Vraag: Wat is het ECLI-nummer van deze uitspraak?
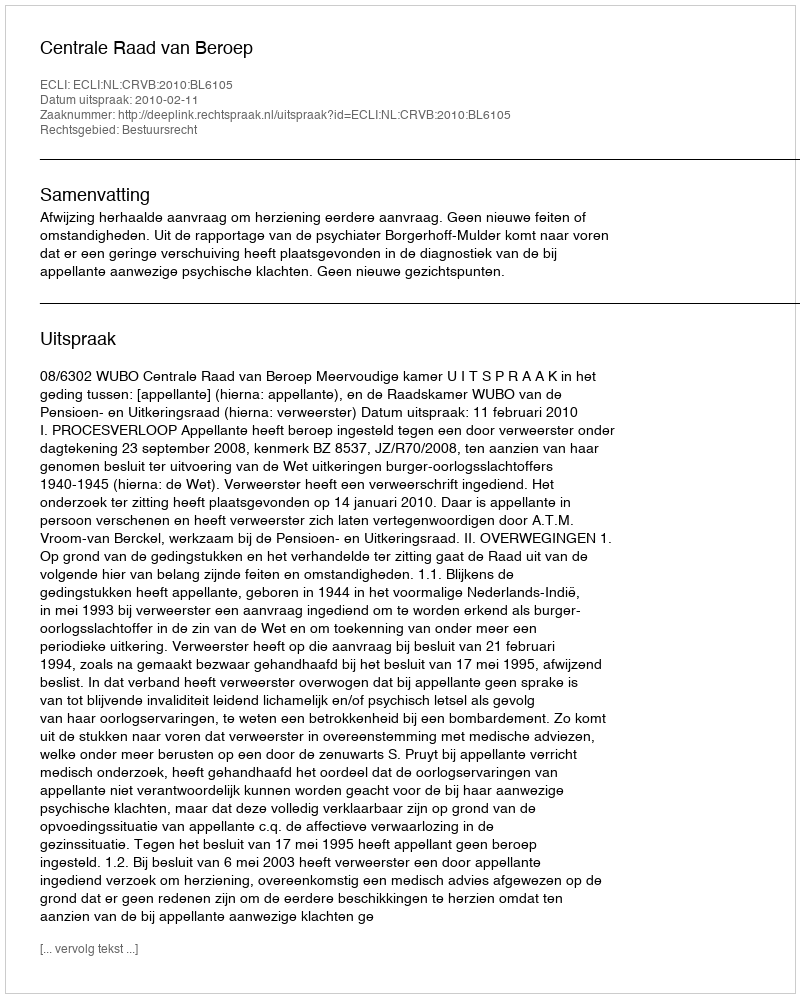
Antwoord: ECLI:NL:CRVB:2010:BL6105